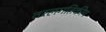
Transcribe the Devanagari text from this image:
तरलगतिकीय